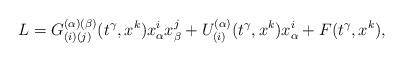
LaTeX: \begin{align*}L=G_{(i)(j)}^{(\alpha )(\beta )}(t^{\gamma },x^{k})x_{\alpha }^{i}x_{\beta}^{j}+U_{(i)}^{(\alpha )}(t^{\gamma },x^{k})x_{\alpha }^{i}+F(t^{\gamma},x^{k}),\end{align*}